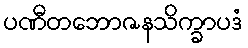
ပဏီတဘောဇနသိက္ခာပဒံ